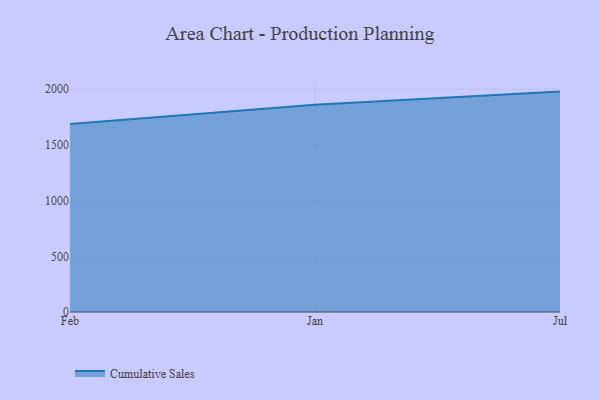
{"axis": {"x": "Month", "y": "Production Output"}, "legend": ["Cumulative Sales"], "data": [{"x": "Feb", "y": 1688.1, "type": "Cumulative Sales"}, {"x": "Jan", "y": 1859.3, "type": "Cumulative Sales"}, {"x": "Jul", "y": 1978.3, "type": "Cumulative Sales"}]}